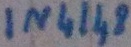
Text: IN4148